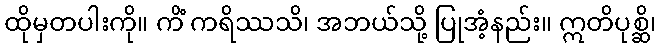
ထိုမှတပါးကို။ ကိံ ကရိဿသိ၊ အဘယ်သို့ ပြုအံ့နည်း။ ဣတိပုစ္ဆိ၊